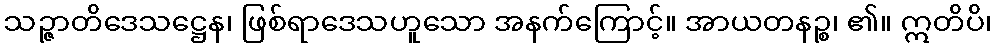
သဉ္ဇာတိဒေသဋ္ဌေန၊ ဖြစ်ရာဒေသဟူသော အနက်ကြောင့်။ အာယတနဉ္စ၊ ၏။ ဣတိပိ၊